Report of the Indian Hemp Drugs Commission, 1894-1895 - Volume IV
Year: 1894
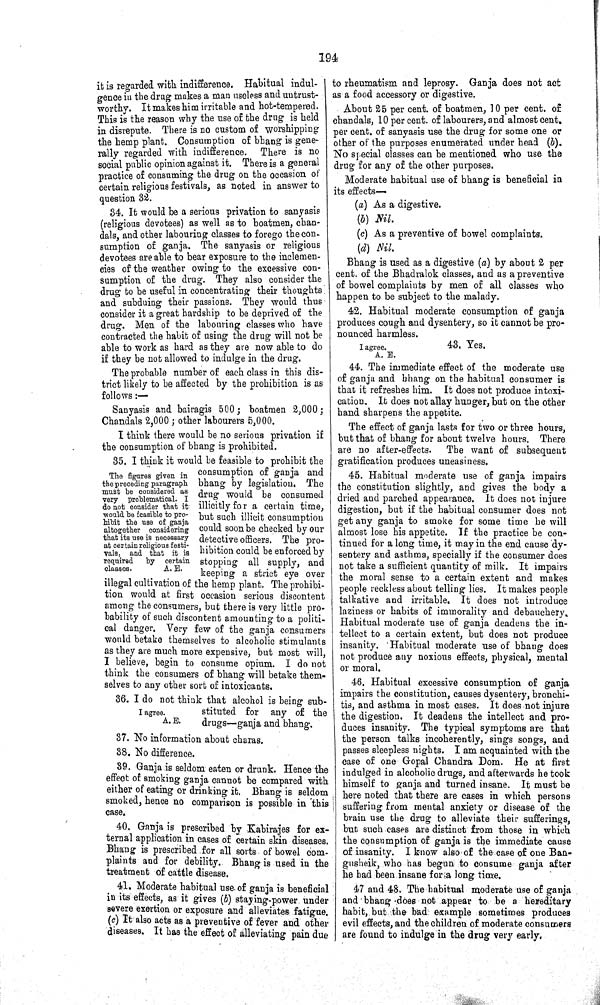
194
it is regarded with indifference. Habitual indul-
gence in the drug makes a man useless and untrust-
worthy. It makes him irritable and hot-tempered.
This is the reason why the use of the drug is held
in disrepute. There is no custom of worshipping
the hemp plant. Consumption of bhang is gene-
rally regarded with indifference. There is no
social public opinion against it. There is a general
practice of consuming the drug on the occasion of
certain religious festivals, as noted in answer to
question 32.
34. It would be a serious privation to sanyasis
(religious devotees) as well as to boatmen, chan-
dals, and other labouring classes to forego the con-
sumption of ganja. The sanyasis or religious
devotees are able to bear exposure to the inclemen-
cies of the weather owing to the excessive con-
sumption of the drug. They also consider the
drug to be useful in concentrating their thoughts
and subduing their passions. They would thus
consider it a great hardship to be deprived of the
drug. Men of the labouring classes who have
contracted the habit of using the drug will not be
able to work as hard as they are now able to do
if they be not allowed to indulge in the drug.
The probable number of each class in this dis-
trict likely to be affected by the prohibition is as
follows:—
Sanyasis and bairagis 500; boatmen 2,000;
Chandals 2,000; other labourers 5,000.
I think there would be no serious privation if
the consumption of bhang is prohibited.
The figures given in
the preceding paragraph
must be considered as
very problematical. I
do not consider that it
would be feasible to pro-
hibit the use of ganja
altogether considering
that its use is necessary
at certain religious festi-
vals, and that it is
required
by
certain
classes.
A. E.
35. I think it would be feasible to prohibit the
consumption of ganja and
bhang by legislation. The
drug would be consumed
illicitly for a certain time,
but such illicit consumption
could soon be checked by our
detective officers. The pro-
hibition could be enforced by
stopping all supply, and
keeping a strict eye over
illegal cultivation of the hemp plant. The prohibi-
tion would at first occasion serious discontent
among the consumers, but there is very little pro-
bability of such discontent amounting to a politi-
cal danger. Very few of the ganja consumers
would betake themselves to alcoholic stimulants
as they are much more expensive, but most will,
I believe, begin to consume opium. I do not
think the consumers of bhang will betake them-
selves to any other sort of intoxicants.
I agree.
A. E.
36. I do not think that alcohol is being sub-
stituted for any of the
drugs—ganja and bhang.
37. No information about charas.
38. No difference.
39. Ganja is seldom eaten or drunk. Hence the
effect of smoking ganja cannot be compared with
either of eating or drinking it. Bhang is seldom
smoked, hence no comparison is possible in this
case.
40. Ganja is prescribed by Kabirajes for ex-
ternal application in cases of certain skin diseases.
Bhang is prescribed for all sorts of bowel com-
plaints and for debility. Bhang is used in the
treatment of cattle disease.
41. Moderate habitual use. of ganja is beneficial
in its effects, as it gives (b) staying-power under
severe exertion or exposure and alleviates fatigue.
(c) It also acts as a preventive of fever and other
diseases. It has the effect of alleviating pain due
to rheumatism and leprosy. Ganja does not act
as a food accessory or digestive.
About 25 per cent. of boatmen, 10 per cent. of
chandals, 10 per cent. of labourers, and almost cent.
per cent. of sanyasis use the drug for some one or
other of the purposes enumerated under head (b).
No special classes can be mentioned who use the
drug for any of the other purposes.
Moderate habitual use of bhang is beneficial in
its effects—
(a) As a digestive.
(b) Nil.
(c) As a preventive of bowel complaints.
(d) Nil.
Bhang is used as a digestive (a) by about 2 per
cent. of the Bhadralok classes, and as a preventive
of bowel complaints by men of all classes who
happen to be subject to the malady.
42. Habitual moderate consumption of ganja
produces cough and dysentery, so it cannot be pro-
nounced harmless.
I agree.
A. E.
43. Yes.
44. The immediate effect of the moderate use
of ganja and bhang on the habitual consumer is
that it refreshes him. It does not produce intoxi-
cation. It does not allay hunger, but on the other
hand sharpens the appetite.
The effect of ganja lasts for two or three hours,
but that of bhang for about twelve hours. There
are no after-effects.
The want of subsequent
gratification produces uneasiness.
45. Habitual moderate use of ganja impairs
the constitution slightly, and gives the body a
dried and parched appearance. It does not injure
digestion, but if the habitual consumer does not
get any ganja to smoke for some time he will
almost lose his appetite. If the practice be con-
tinued for a long time, it may in the end cause dy-
sentery and asthma, specially if the consumer does
not take a sufficient quantity of milk. It impairs
the moral sense to a certain extent and makes
people reckless about telling lies. It makes people
talkative and irritable. It does not introduce
laziness or habits of immorality and debauchery.
Habitual moderate use of ganja deadens the in-
tellect to a certain extent, but does not produce
insanity. Habitual moderate use of bhang does
not produce any noxious effects, physical, mental
or moral.
46. Habitual excessive consumption of ganja
impairs the constitution, causes dysentery, bronchi-
tis, and asthma in most cases. It does not injure
the digestion. It deadens the intellect and pro-
duces insanity. The typical symptoms are that
the person talks incoherently, sings songs, and
passes sleepless nights. I am acquainted with the
case of one Gopal Chandra Dom. He at first
indulged in alcoholic drugs, and afterwards he took
himself to ganja and turned insane. It must be
here noted that there are cases in which persons
suffering from mental anxiety or disease of the
brain use the drug to alleviate their sufferings,
but such cases are distinct from those in which
the consumption of ganja is the immediate cause
of insanity. I know also of the case of one Ban-
gusheik, who has begun to consume ganja after
he had been insane for a long time.
47 and 48. The habitual moderate use of ganja
and bhang does not appear to be a hereditary
habit, but the bad example sometimes produces
evil effects, and the children of moderate consumers
are found to indulge in the drug very early.